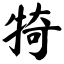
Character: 犄